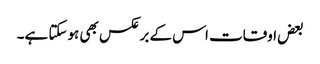
بعض اوقات اس کے برعکس بھی ہوسکتا ہے۔